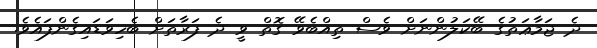
ދެ ޖަމާޢަތުގެ ބޭކަލުންނަށް ވެސް ތިއްބެވޭ ގޮތް ވީ ދެ ފަރާތަށް ބެހިވަޑައިގެންފައެވެ.